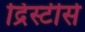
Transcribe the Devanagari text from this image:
द्रिस्टीसे